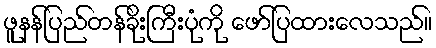
ဖူနန်ပြည်တန်ခိုးကြီးပုံကို ဖော်ပြထားလေသည်။